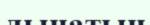
лынатын